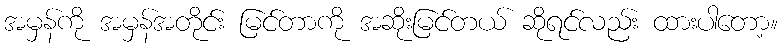
အမှန်ကို အမှန်အတိုင်း မြင်တာကို အဆိုးမြင်တယ် ဆိုရင်လည်း ထားပါတော့။